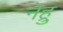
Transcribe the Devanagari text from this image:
नेह्रु